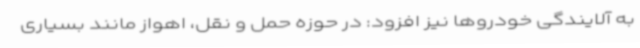
به آلایندگی خودروها نیز افزود: در حوزه حمل و نقل، اهواز مانند بسیاری